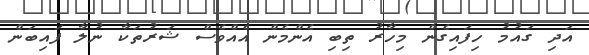
އަދި ގައުމު ހިފައިގެން މިހާރު ތިބި އެންމެން އެއްވެސް ޝަރުތަކާ ނުލާ ފައިބަން